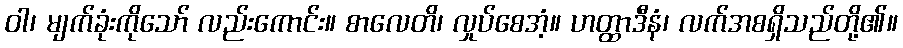
ဝါ၊ မျက်ခုံးကိုသော် လည်းကောင်း။ စာလေတိ၊ လှုပ်စေအံ့။ ဟတ္ထာဒီနံ၊ လက်အစရှိသည်တို့၏။